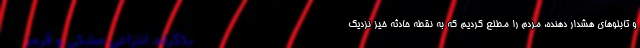
و تابلوهای هشدار دهنده، مردم را مطلع کردیم که به نقطه حادثه خیز نزدیک